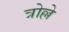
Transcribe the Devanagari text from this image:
त्रोल्ले